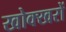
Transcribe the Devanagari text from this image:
खोक्खरों